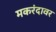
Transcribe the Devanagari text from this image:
मकरंदावर